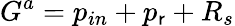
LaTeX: G^{a}=p_{in}+p_{\mathsf{r}}+R_{s}